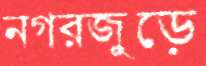
নগরজুড়ে